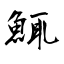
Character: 鮿